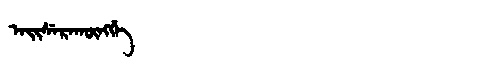
Manchu: ᠠᡳᠰᡝᡵᠠᡴᡡᠩᡤᡝ
Romanization: AISERAKŪNGGE